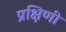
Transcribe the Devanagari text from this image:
प्रक्षिणी